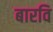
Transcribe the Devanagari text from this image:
बारवि